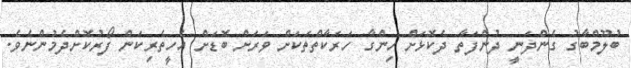
ބުލޫމްބާގު ގެންދަނީ ދުންފަތާ ދެކޮޅަށް ހިންގާ ހަރަކާތްތަކަަށް ވަރަށް ބޮޑަށް އެހީތެރިކަން ފޯރުކޮށްދެމުންނެވެ.